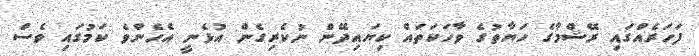
ފަހަރެއްގައި ރޭޝްމާގެ ހަޔާތުގެ ވާހަކަތައް ކިޔައިދޭން ނުކެރިގެން އުޅެނީ އެހެންވެ ކަމުގައި ވެސް